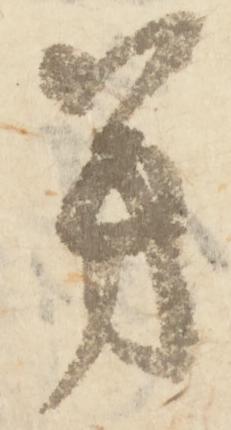
芳